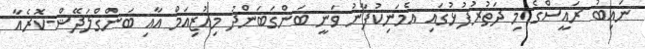
ނައިބު ރައީސްގެ މި ދަތުރުފުޅުގައި އެމަނިކުފާނު ވަނީ ބަންގަބަންދު މިއުޒިއަމް އާއި ބަންގްލަދޭޝް-ކޮރެއާ